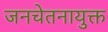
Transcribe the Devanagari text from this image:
जनचेतनायुक्त